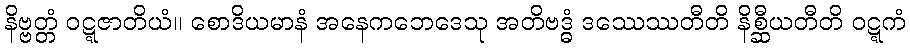
နိဗ္ဗတ္တံ ဝဋ္ဋဇာတိယံ။ စောဒိယမာနံ အနေကဘေဒေသု အတိဗဒ္ဓံ ဒဿေဿတီတိ နိစ္ဆီယတီတိ ဝဋ္ဋကံ